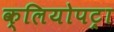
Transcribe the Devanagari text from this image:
क्लियोपट्रा